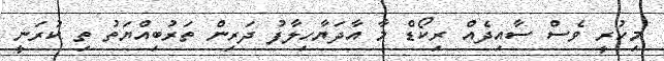
މިހުރީ ވެސް ސާއިދެއް ރިކޯޑް މާ އާދަޔާހިލާފު ދަރިން ތަރުބިއްޔަތު ތި ކުރަނީ